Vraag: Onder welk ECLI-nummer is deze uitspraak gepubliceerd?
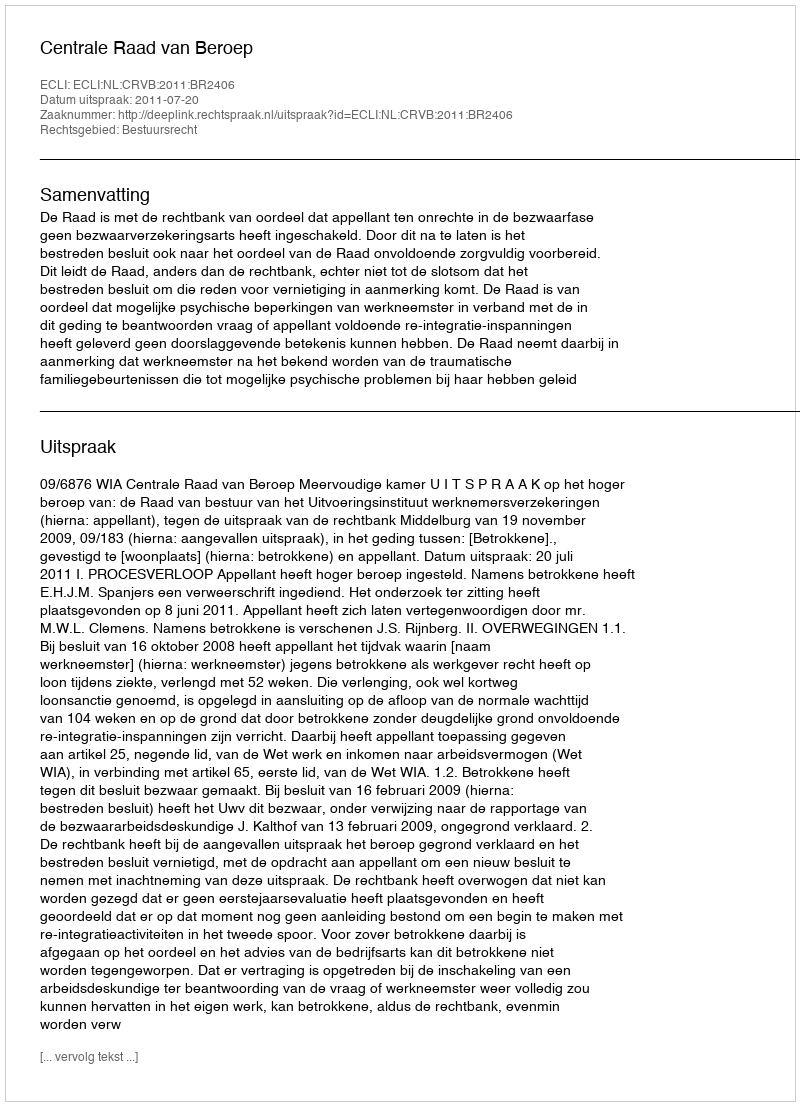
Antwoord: ECLI:NL:CRVB:2011:BR2406